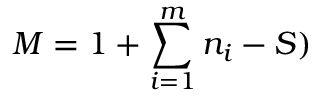
M = 1 + \sum _ { i = 1 } ^ { m } n _ { i } - S )